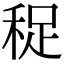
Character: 𥞺